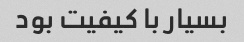
بسیار با کیفیت بود